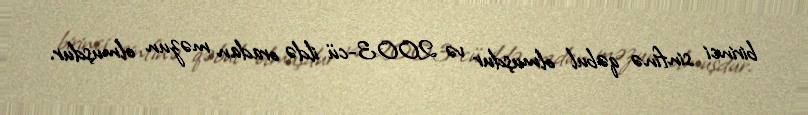
birinci sinfinə qəbul olmuşdur və 2003-cü ildə oradan məzun olmuşdur.